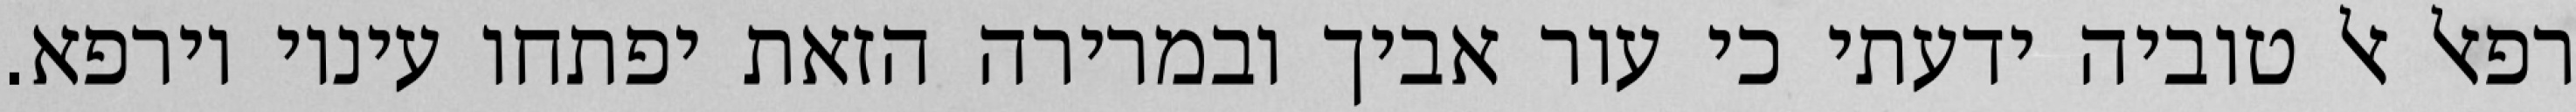
רפאל אל טוביה ידעתי כי עור אביך ובמרירה הזאת יפתחו עיניו וירפא.